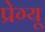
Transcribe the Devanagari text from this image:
प्रेग्यू